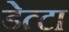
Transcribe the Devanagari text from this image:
डेत्टा